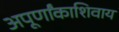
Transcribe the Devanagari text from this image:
अपूर्णांकाशिवाय